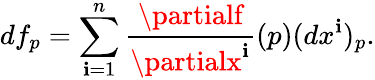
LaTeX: df_{p}=\sum_{\mathbf{i}=1}^{n}{\frac{{\partialf}}{{\partialx^{\mathbf{i}}}}}(p)(dx^{\mathbf{i}})_{p}.